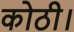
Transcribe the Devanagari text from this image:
कोठी।